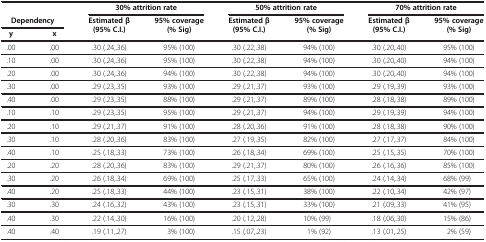
<table><thead><tr><td colspan="2"><b> </b></td><td colspan="2"><b>30% attrition rate</b></td><td colspan="2"><b>50% attrition rate</b></td><td colspan="2"><b>70% attrition rate</b></td></tr><tr><td colspan="2"><b>Dependency</b></td><td rowspan="2"><b>Estimated β (95% C.I.)</b></td><td rowspan="2"><b>95% coverage (% Sig)</b></td><td rowspan="2"><b>Estimated β (95% C.I.)</b></td><td rowspan="2"><b>95% coverage (% Sig)</b></td><td rowspan="2"><b>Estimated β (95% C.I.)</b></td><td rowspan="2"><b>95% coverage (% Sig)</b></td></tr><tr><td><b>y</b></td><td><b>x</b></td></tr></thead><tbody><tr><td>.00</td><td>.00</td><td>.30 (.24,.36)</td><td>95% (100)</td><td>.30 (.22,.38)</td><td>94% (100)</td><td>.30 (.20,.40)</td><td>95% (100)</td></tr><tr><td>.10</td><td>.00</td><td>.30 (.24,.36)</td><td>95% (100)</td><td>.30 (.22,.38)</td><td>94% (100)</td><td>.30 (.20,.40)</td><td>94% (100)</td></tr><tr><td>.20</td><td>.00</td><td>.30 (.24,.36)</td><td>94% (100)</td><td>.30 (.22,.38)</td><td>94% (100)</td><td>.30 (.20,.40)</td><td>94% (100)</td></tr><tr><td>.30</td><td>.00</td><td>.29 (.23,.35)</td><td>93% (100)</td><td>.29 (.21,.37)</td><td>93% (100)</td><td>.29 (.19,.39)</td><td>93% (100)</td></tr><tr><td>.40</td><td>.00</td><td>.29 (.23,.35)</td><td>88% (100)</td><td>.29 (.21,.37)</td><td>89% (100)</td><td>.28 (.18,.38)</td><td>89% (100)</td></tr><tr><td>.10</td><td>.10</td><td>.29 (.23,.35)</td><td>95% (100)</td><td>.29 (.21,.37)</td><td>94% (100)</td><td>.29 (.19,.39)</td><td>94% (100)</td></tr><tr><td>.20</td><td>.10</td><td>.29 (.21,.37)</td><td>91% (100)</td><td>.28 (.20,.36)</td><td>91% (100)</td><td>.28 (.18,.38)</td><td>90% (100)</td></tr><tr><td>.30</td><td>.10</td><td>.28 (.20,.36)</td><td>83% (100)</td><td>.27 (.19,.35)</td><td>82% (100)</td><td>.27 (.17,.37)</td><td>84% (100)</td></tr><tr><td>.40</td><td>.10</td><td>.25 (.18,.33)</td><td>73% (100)</td><td>.26 (.18,.34)</td><td>69% (100)</td><td>.25 (.15,.35)</td><td>70% (100)</td></tr><tr><td>.20</td><td>.20</td><td>.28 (.20,.36)</td><td>83% (100)</td><td>.29 (.21,.37)</td><td>80% (100)</td><td>.26 (.16,.36)</td><td>85% (100)</td></tr><tr><td>.30</td><td>.20</td><td>.26 (.18,.34)</td><td>69% (100)</td><td>.25 (.17,.33)</td><td>65% (100)</td><td>.24 (.14,.34)</td><td>68% (99)</td></tr><tr><td>.40</td><td>.20</td><td>.25 (.18,.33)</td><td>44% (100)</td><td>.23 (.15,.31)</td><td>38% (100)</td><td>.22 (.10,.34)</td><td>42% (97)</td></tr><tr><td>.30</td><td>.30</td><td>.24 (.16,.32)</td><td>43% (100)</td><td>.23 (.15,.31)</td><td>33% (100)</td><td>.21 (.09,.33)</td><td>41% (95)</td></tr><tr><td>.40</td><td>.30</td><td>.22 (.14,.30)</td><td>16% (100)</td><td>.20 (.12,.28)</td><td>10% (99)</td><td>.18 (.06,.30)</td><td>15% (86)</td></tr><tr><td>.40</td><td>.40</td><td>.19 (.11,.27)</td><td>3% (100)</td><td>.15 (.07,.23)</td><td>1% (92)</td><td>.13 (.01,.25)</td><td>2% (59)</td></tr></tbody></table>